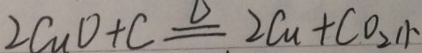
2 C u O + C \xlongequal { \Delta } 2 C u + C O _ { 2 } \uparrow